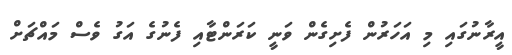
އީރާނުގައި މި އަހަރުން ފެށިގެން ވަނީ ކަރަންޓާއި ފެނުގެ އަގު ވެސް މައްޗަށް